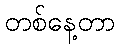
တစ်နေ့တာ